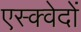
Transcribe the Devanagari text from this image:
एस्क्वेदों